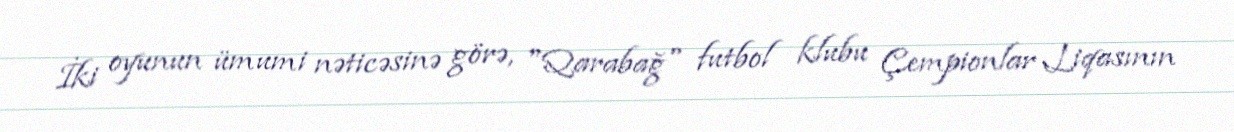
İki oyunun ümumi nəticəsinə görə, "Qarabağ" futbol klubu Çempionlar Liqasının